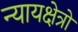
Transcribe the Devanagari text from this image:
न्यायक्षेत्रों